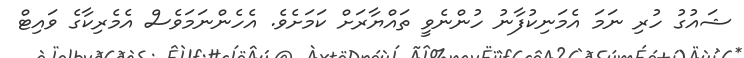
ޝައުގު ހުރި ނަމަ އެމަނިކުފާނު ހުންނެވީ ތައްޔާރަށް ކަމަށެވެ. އެހެންނަމަވެސް އެމެރިކާގެ ވައިޓް